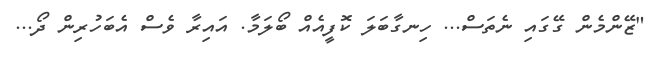
"ޒޭންމެން ގޭގައި ނެތަސް... ހިނގާބަލަ ކޮފީއެއް ބޯލަމާ. އައިރާ ވެސް އެބަހުރިން ދޯ...